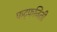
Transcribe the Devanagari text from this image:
फट्फजिती